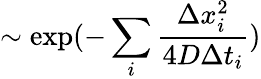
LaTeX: \sim\exp(-\sum_{i}\frac{\Delta x_{i}^{2}}{4D\Delta t_{i}})